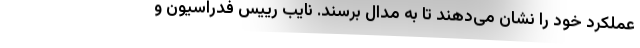
عملکرد خود را نشان می‌دهند تا به مدال برسند. نایب رییس فدراسیون و